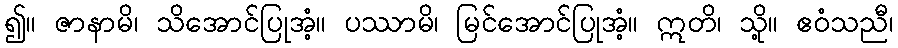
၍။ ဇာနာမိ၊ သိအောင်ပြုအံ့။ ပဿာမိ၊ မြင်အောင်ပြုအံ့။ ဣတိ၊ သို့။ ဧဝံသညီ၊